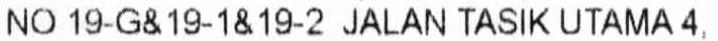
NO 19-G& 19-1& 19-2 JALAN TASIK UTAMA 4,